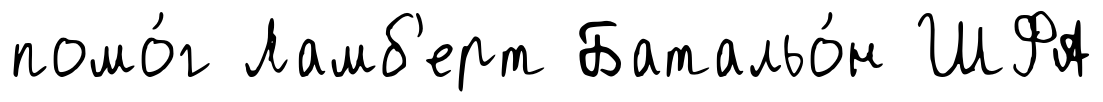
помо́г Ламб'ерт Батальо́н ШФА